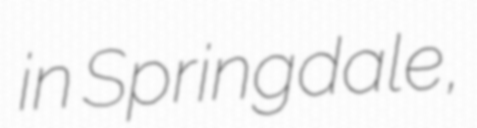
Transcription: in Springdale,